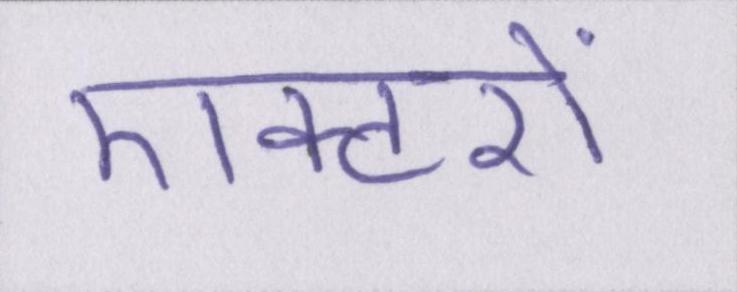
एक्टरों